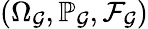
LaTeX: (\Omega_{\mathcal{G}},\mathbb{P}_{\mathcal{G}},\mathcal{F}_{\mathcal{G}})